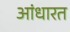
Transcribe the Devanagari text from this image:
आंधारत